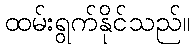
ထမ်းရွက်နိုင်သည်။